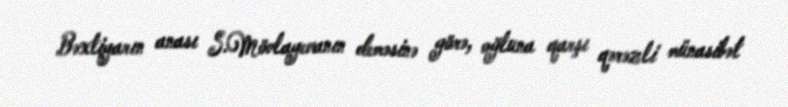
Bəxtiyarın anası S.Mövlayevanın deməsinə görə, oğluna qarşı qərəzli münasibət